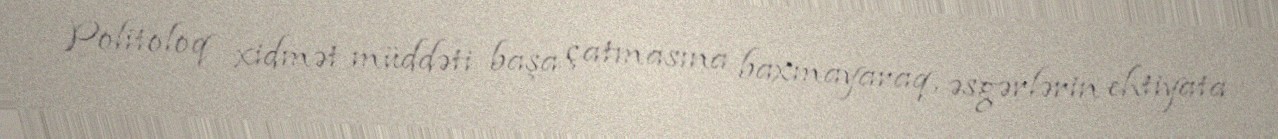
Politoloq xidmət müddəti başa çatmasına baxmayaraq, əsgərlərin ehtiyata